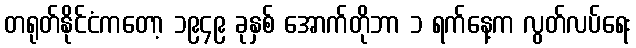
တရုတ်နိုင်ငံကတော့ ၁၉၄၉ ခုနှစ် အောက်တိုဘာ ၁ ရက်နေ့က လွတ်လပ်ရေး